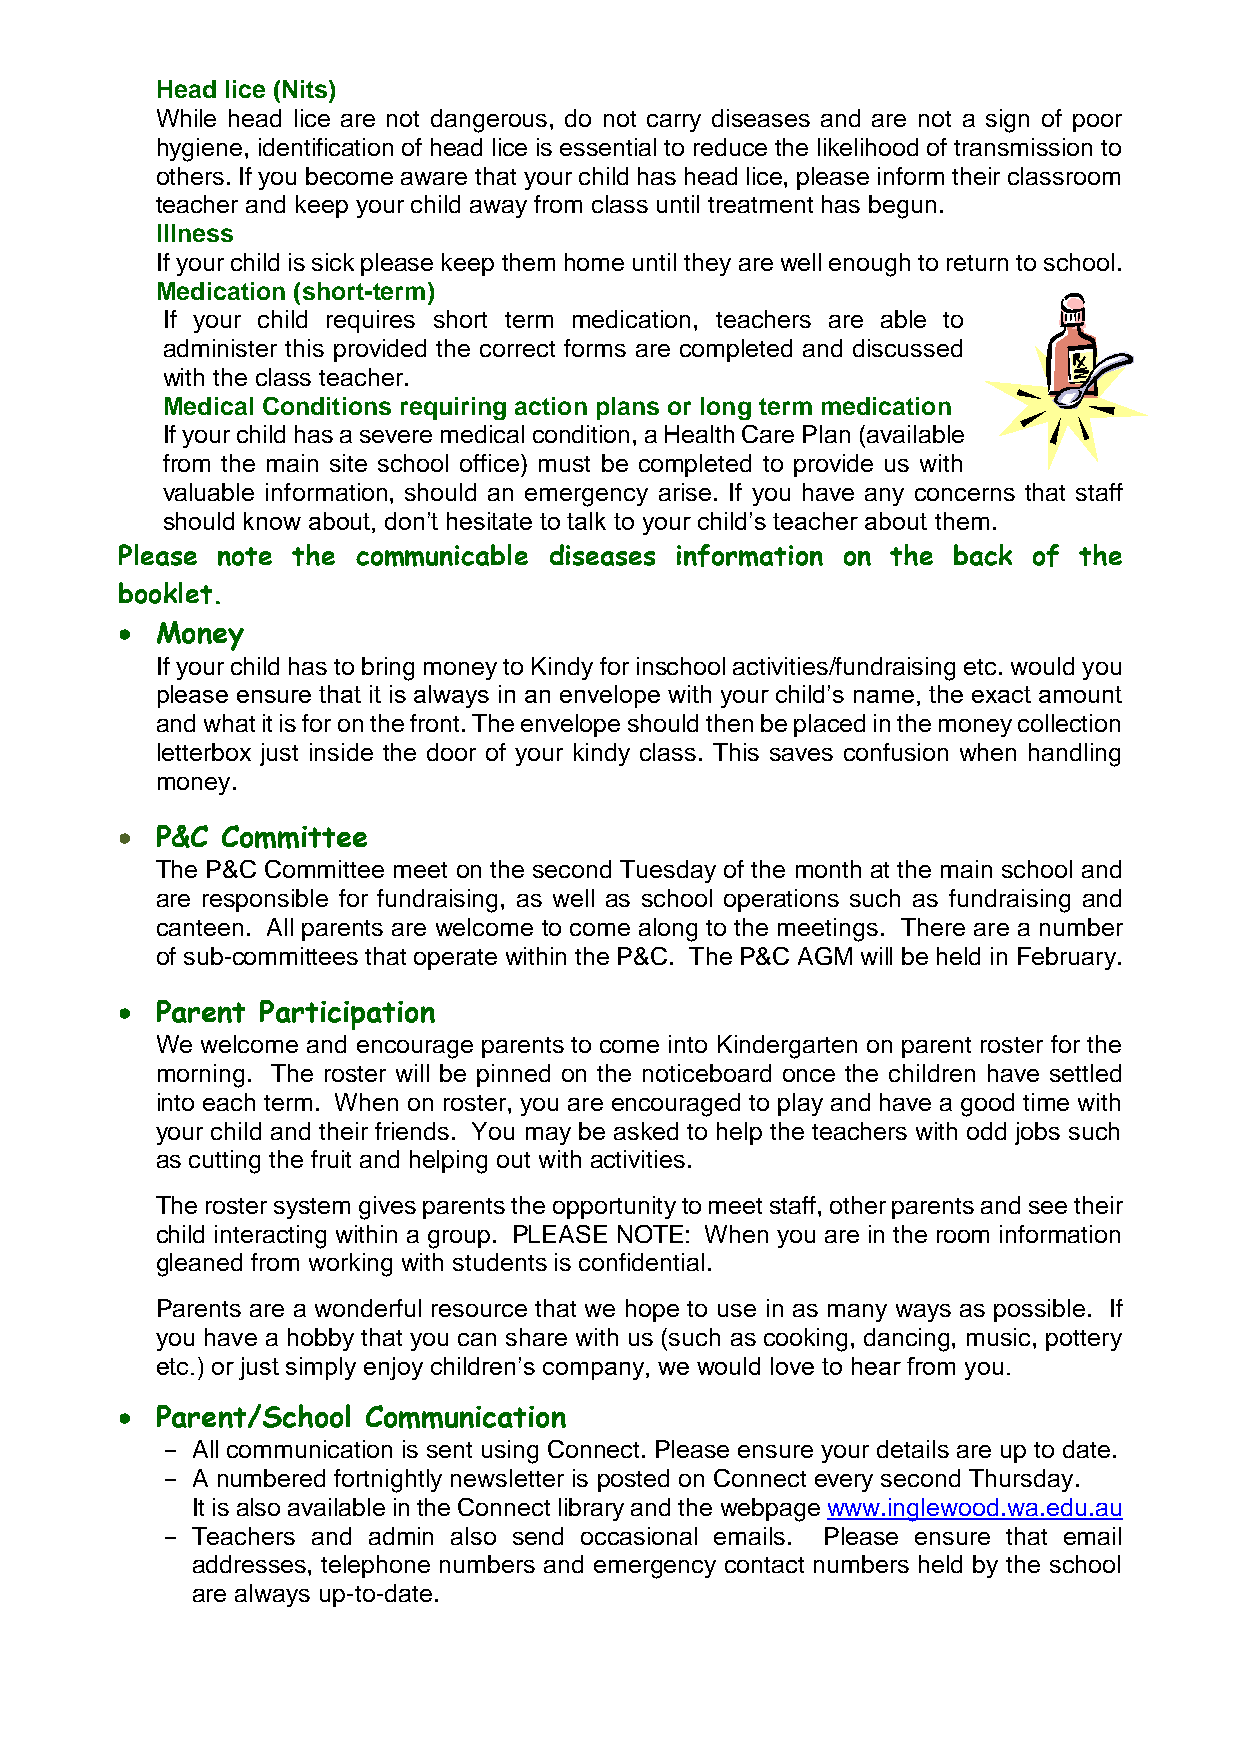
Head lice (Nits)
 While head lice are not dangerous, do not carry diseases and are not a sign of poor
 hygiene, identification of head lice is essential to reduce the likelihood of transmission to
 others. If you become aware that your child has head lice, please inform their classroom
 teacher and keep your child away from class until treatment has begun.
 Illness
 If your child is sick please keep them home until they are well enough to return to school.
 Medication (short-term)
 If your child requires short term medication, teachers are able to
 administer this provided the correct forms are completed and discussed
 with the class teacher.
 Medical Conditions requiring action plans or long term medication
 If your child has a severe medical condition, a Health Care Plan (available
 from the main site school office) must be completed to provide us with
 valuable information, should an emergency arise. If you have any concerns that staff
 should know about, don’t hesitate to talk to your child’s teacher about them.
 Please note the communicable diseases information on the back of the
 booklet.
  Money
 If your child has to bring money to Kindy for inschool activities/fundraising etc. would you
 please ensure that it is always in an envelope with your child’s name, the exact amount
 and what it is for on the front. The envelope should then be placed in the money collection
 letterbox just inside the door of your kindy class. This saves confusion when handling
 money.
  P&C  Committee
 The P&C Committee meet on the second Tuesday of the month at the main school and
 are responsible for fundraising, as well as school operations such as fundraising and
 canteen. All parents are welcome to come along to the meetings. There are a number
 of sub-committees that operate within the P&C. The P&C AGM will be held in February.
  Parent Participation
 We welcome and encourage parents to come into Kindergarten on parent roster for the
 morning. The roster will be pinned on the noticeboard once the children have settled
 into each term. When on roster, you are encouraged to play and have a good time with
 your child and their friends. You may be asked to help the teachers with odd jobs such
 as cutting the fruit and helping out with activities.
 The roster system gives parents the opportunity to meet staff, other parents and see their
 child interacting within a group. PLEASE NOTE: When you are in the room information
 gleaned from working with students is confidential.
 Parents are a wonderful resource that we hope to use in as many ways as possible. If
 you have a hobby that you can share with us (such as cooking, dancing, music, pottery
 etc.) or just simply enjoy children’s company, we would love to hear from you.
  Parent/School Communication
 - All communication is sent using Connect. Please ensure your details are up to date.
 - A numbered fortnightly newsletter is posted on Connect every second Thursday.
 It is also available in the Connect library and the webpage www.inglewood.wa.edu.au
 - Teachers and admin also send occasional emails. Please ensure that email
 addresses, telephone numbers and emergency contact numbers held by the school
 are always up-to-date.